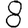
Digit: 8